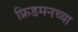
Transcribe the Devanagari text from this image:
फ्रिडमनच्या